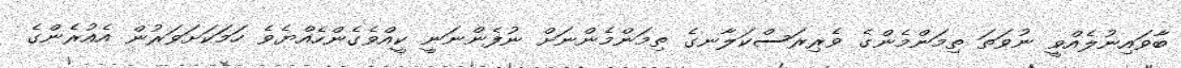
ބާވައިނުލެއްވީ ނުވަތަ ތިމަންމެންގެ ވެރިރަސްކަލާނގެ ތިމަންމެންނަށް ނުފެންނަނީ ކީއްވެގެންހެއްޔެވެ ހަމަކަށަވަރުން އެއުރެންގެ